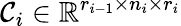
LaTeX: \mathcal{C}_{i}\in\mathbb{R}^{r_{i-1}\times n_{i}\times r_{i}}